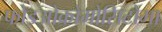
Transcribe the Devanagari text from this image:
फोइओक्रोमोसिटोमा